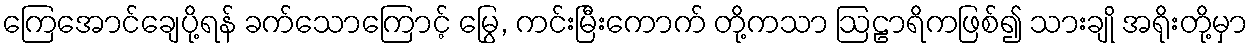
ကြေအောင်ချေပို့ရန် ခက်သောကြောင့် မြွေ, ကင်းမြီးကောက် တို့ကသာ ဩဠာရိကဖြစ်၍ သားချို အရိုးတို့မှာ